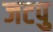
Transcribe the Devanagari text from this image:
जटपु